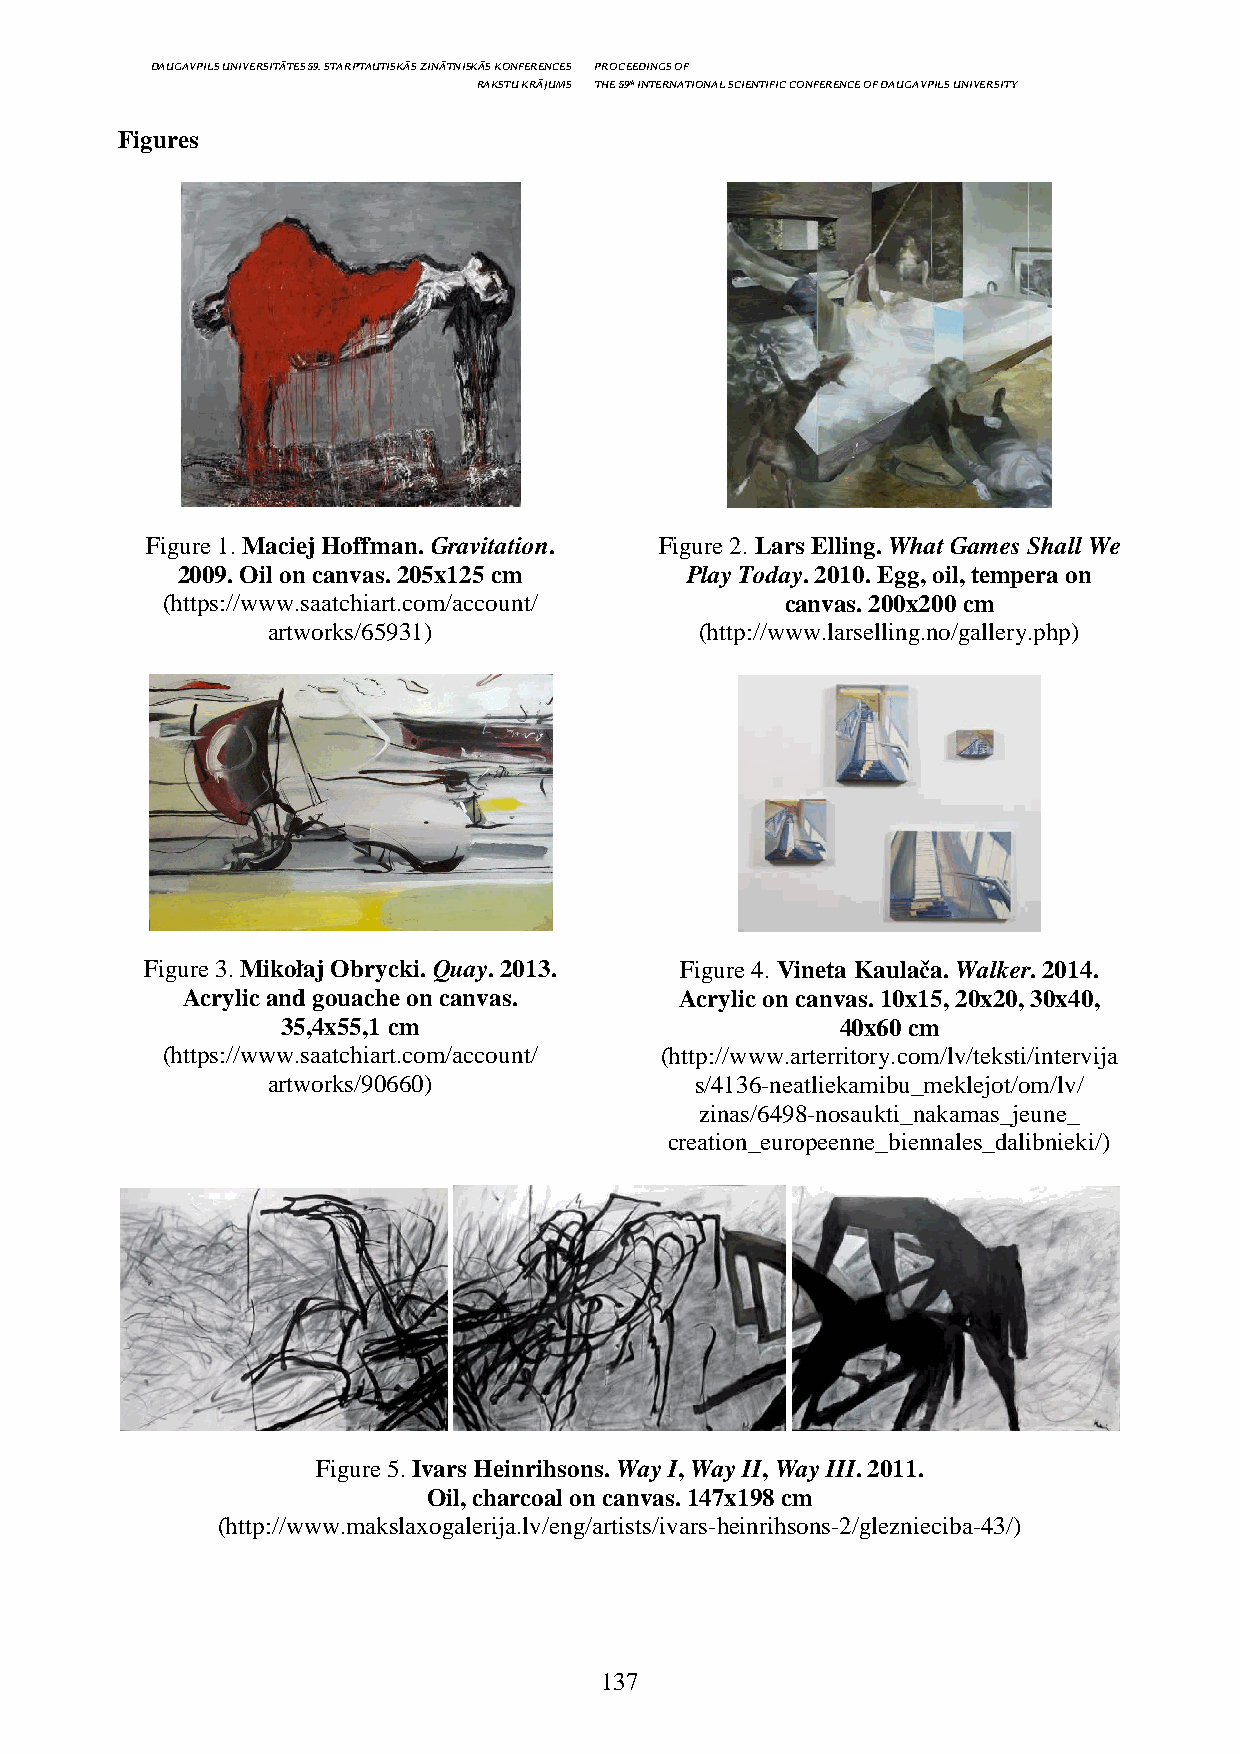
DAUGAVPILS UNIVERSITĀTES 59. STARPTAUTISKĀS ZINĀTNISKĀS KONFERENCES PROCEEDINGS OF
 RAKSTU KRĀJUMS THE 59th INTERNATIONAL SCIENTIFIC CONFERENCE OF DAUGAVPILS UNIVERSITY
 Figures
 Figure 1. Maciej Hoffman. Gravitation. Figure 2. Lars Elling. What Games Shall We
 2009. Oil on canvas. 205x125 cm  Play Today. 2010. Egg, oil, tempera on
 (https://www.saatchiart.com/account/     canvas. 200x200 cm
 artworks/65931)             (http://www.larselling.no/gallery.php)
 Figure 3. Mikołaj Obrycki. Quay. 2013. Figure 4. Vineta Kaulača. Walker. 2014.
 Acrylic and gouache on canvas.   Acrylic on canvas. 10x15, 20x20, 30x40,
 35,4x55,1 cm                         40x60 cm
 (https://www.saatchiart.com/account/ (http://www.arterritory.com/lv/teksti/intervija
 artworks/90660)             s/4136-neatliekamibu_meklejot/om/lv/
 zinas/6498-nosaukti_nakamas_jeune_
 creation_europeenne_biennales_dalibnieki/)
 Figure 5. Ivars Heinrihsons. Way I, Way II, Way III. 2011.
 Oil, charcoal on canvas. 147x198 cm
 (http://www.makslaxogalerija.lv/eng/artists/ivars-heinrihsons-2/gleznieciba-43/)
 137